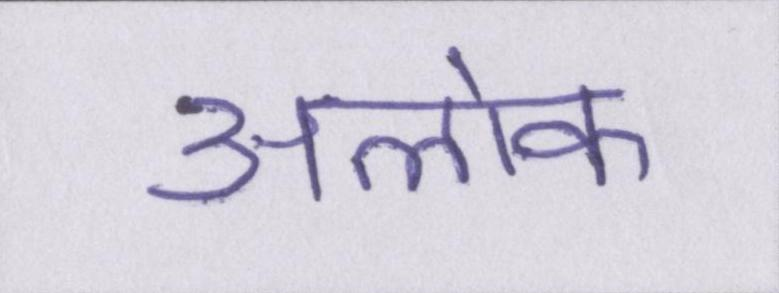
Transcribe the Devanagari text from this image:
अलोक